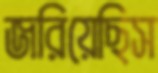
জরিয়েছিস